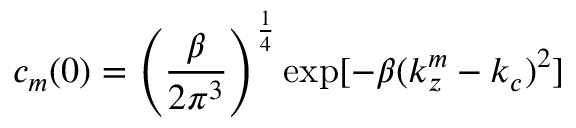
c _ { m } ( 0 ) = \left( \frac { \beta } { 2 \pi ^ { 3 } } \right) ^ { \frac { 1 } { 4 } } \exp [ - \beta ( k _ { z } ^ { m } - k _ { c } ) ^ { 2 } ]